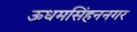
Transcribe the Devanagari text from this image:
ऊधमसिंहननगर